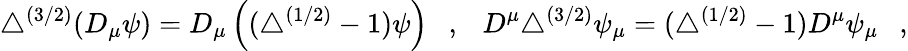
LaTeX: \triangle^{(3/2)}(D_{\mu}\psi)=D_{\mu}\left((\triangle^{(1/2)}-1)\psi\right)~~~,~~~D^{\mu}\triangle^{(3/2)}\psi_{\mu}=(\triangle^{(1/2)}-1)D^{\mu}\psi_{\mu}~~~,